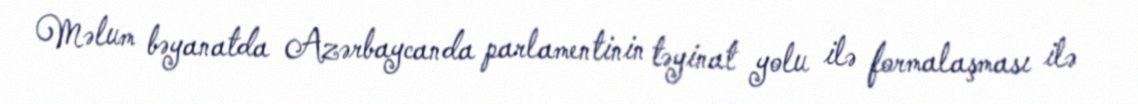
Məlum bəyanatda Azərbaycanda parlamentinin təyinat yolu ilə formalaşması ilə